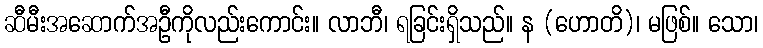
ဆီမီးအဆောက်အဦကိုလည်းကောင်း။ လာဘီ၊ ရခြင်းရှိသည်။ န (ဟောတိ)၊ မဖြစ်။ သော၊